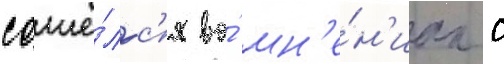
сошё́лс'я во́ мн'е́н'иах с